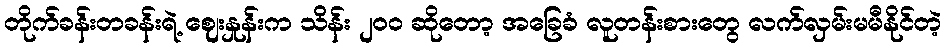
တိုက်ခန်းတခန်းရဲ့ ဈေးနှုန်းက သိန်း ၂၀၀ ဆိုတော့ အခြေခံ လူတန်းစားတွေ လက်လှမ်းမမီနိုင်တဲ့